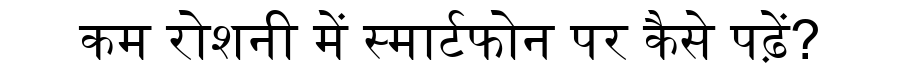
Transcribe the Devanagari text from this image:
कम रोशनी में स्मार्टफोन पर कैसे पढ़ें?